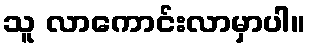
သူ လာကောင်းလာမှာပါ။